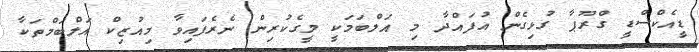
ޑީއެކްސްޑީ ގްރޫޕާ ގުޅިގެން އުފައްދާ މި އަލްބަމަކީ މީގެކުރިން ނެރެފައިވާ މިއުޒިކް އަލްބަމްތަކާ